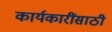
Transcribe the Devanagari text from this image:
कार्यकारींसाठी